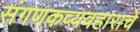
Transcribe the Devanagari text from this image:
संगणकव्यवहाराचे